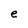
Character: e